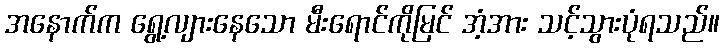
အနောက်က ရွေ့လျားနေသော မီးရောင်ကိုမြင် အံ့အား သင့်သွားပုံရသည်။